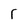
Character: r